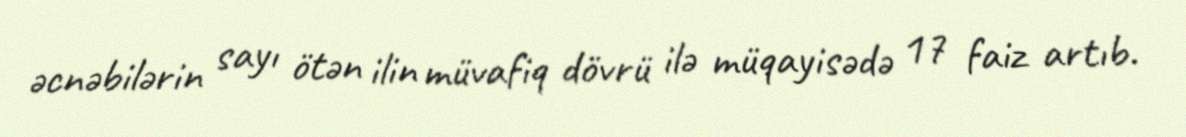
əcnəbilərin sayı ötən ilin müvafiq dövrü ilə müqayisədə 17 faiz artıb.